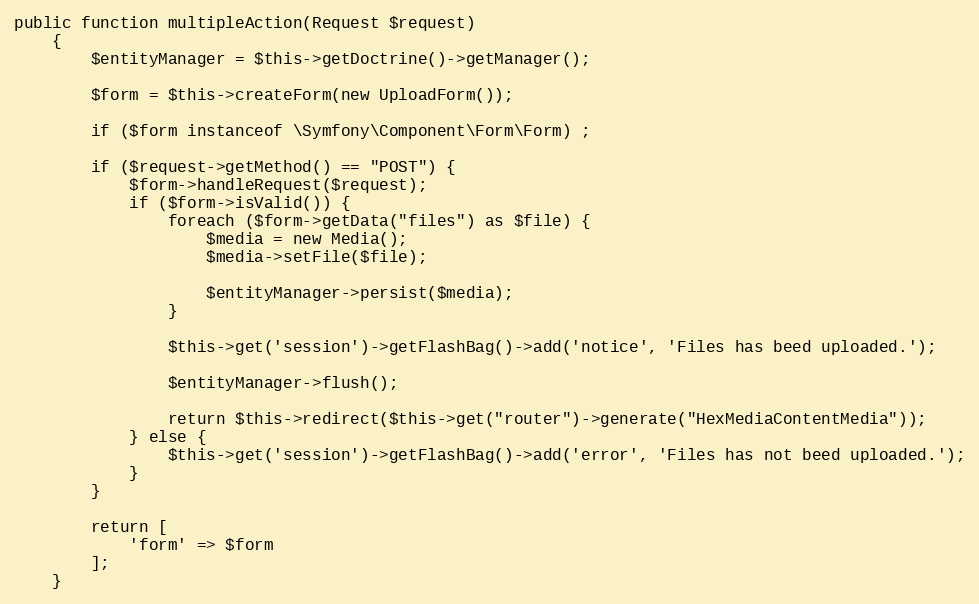
Language: PHP
public function multipleAction(Request $request)
    {
        $entityManager = $this->getDoctrine()->getManager();

        $form = $this->createForm(new UploadForm());

        if ($form instanceof \Symfony\Component\Form\Form) ;

        if ($request->getMethod() == "POST") {
            $form->handleRequest($request);
            if ($form->isValid()) {
                foreach ($form->getData("files") as $file) {
                    $media = new Media();
                    $media->setFile($file);

                    $entityManager->persist($media);
                }

                $this->get('session')->getFlashBag()->add('notice', 'Files has beed uploaded.');

                $entityManager->flush();

                return $this->redirect($this->get("router")->generate("HexMediaContentMedia"));
            } else {
                $this->get('session')->getFlashBag()->add('error', 'Files has not beed uploaded.');
            }
        }

        return [
            'form' => $form
        ];
    }